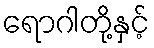
ရောဂါတို့နှင့်